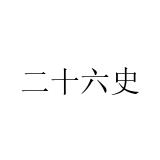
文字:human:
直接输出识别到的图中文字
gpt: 二十六史